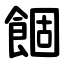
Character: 䭅